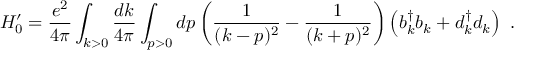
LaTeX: H _ { 0 } ^ { \prime } = { \frac { e ^ { 2 } } { 4 \pi } } \int _ { k > 0 } { \frac { d k } { 4 \pi } } \int _ { p > 0 } d p \left( { \frac { 1 } { ( k - p ) ^ { 2 } } } - { \frac { 1 } { ( k + p ) ^ { 2 } } } \right) \left( b _ { k } ^ { \dagger } b _ { k } + d _ { k } ^ { \dagger } d _ { k } \right) \ .